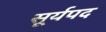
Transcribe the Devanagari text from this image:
सूर्यपद